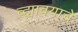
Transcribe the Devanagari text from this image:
व्ह्यावयाचे